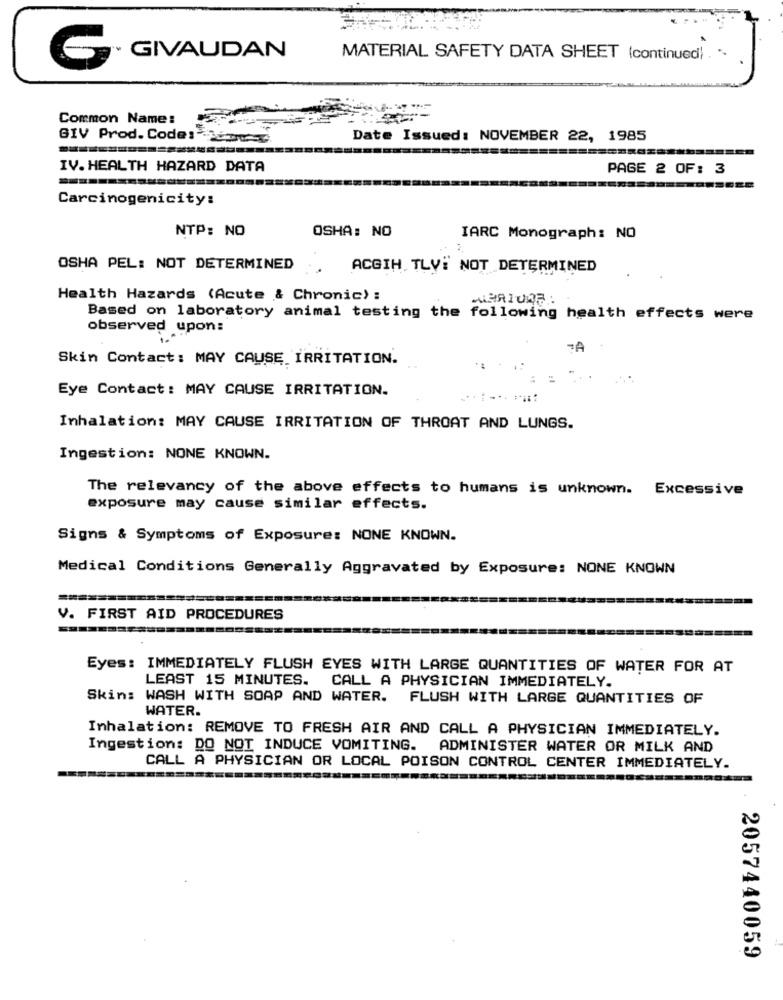
GIVAUDAN
MATERIAL SAFETY DATA SHEET (continued) . ..
Common Name:
GIV Prod. Code: - Jenny
Date Issued: NOVEMBER 22, 1985
IV. HEALTH HAZARD DATA
PAGE 2 OF: 3
Carcinogenicity:
NTP: NO
OSHA: NO
IARC Monograph: NO
OSHA PEL: NOT DETERMINED
ACGIH TLV: NOT DETERMINED
Health Hazards (Acute & Chronic) :
Based on laboratory animal testing the following health effects were
observed upon:
A
Skin Contact: MAY CAUSE IRRITATION.
Eye Contact: MAY CAUSE IRRITATION.
Inhalation: MAY CAUSE IRRITATION OF THROAT AND LUNGS.
Ingestion: NONE KNOWN.
The relevancy of the above effects to humans is unknown. Excessive
exposure may cause similar effects.
Signs & Symptoms of Exposure: NONE KNOWN.
Medical Conditions Generally Aggravated by Exposure: NONE KNOWN
V. FIRST AID PROCEDURES
Eyes: IMMEDIATELY FLUSH EYES WITH LARGE QUANTITIES OF WATER FOR AT
LEAST 15 MINUTES. CALL A PHYSICIAN IMMEDIATELY.
Skin: WASH WITH SOAP AND WATER. FLUSH WITH LARGE QUANTITIES OF
WATER.
Inhalation: REMOVE TO FRESH AIR AND CALL A PHYSICIAN IMMEDIATELY.
Ingestion: DO NOT INDUCE VOMITING.
ADMINISTER WATER OR MILK AND
CALL A PHYSICIAN OR LOCAL POISON CONTROL CENTER IMMEDIATELY.
2057440059